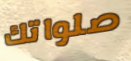
صلواتك